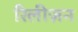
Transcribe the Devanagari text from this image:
रिलीज़न